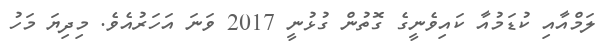
ލަމްއާއި ކުޑަމުއާ ކައިވެނީގެ ގޮތުން ގުޅުނީ 2017 ވަނަ އަހަރުއެވެ. މިދިޔަ މަހު